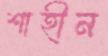
শাহীন